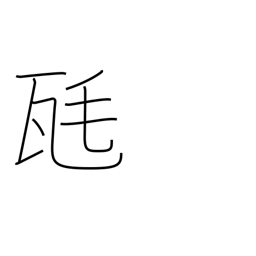
Meaning: milligram